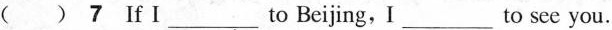
( ) 7 If I___to Beijing,I___to see you.